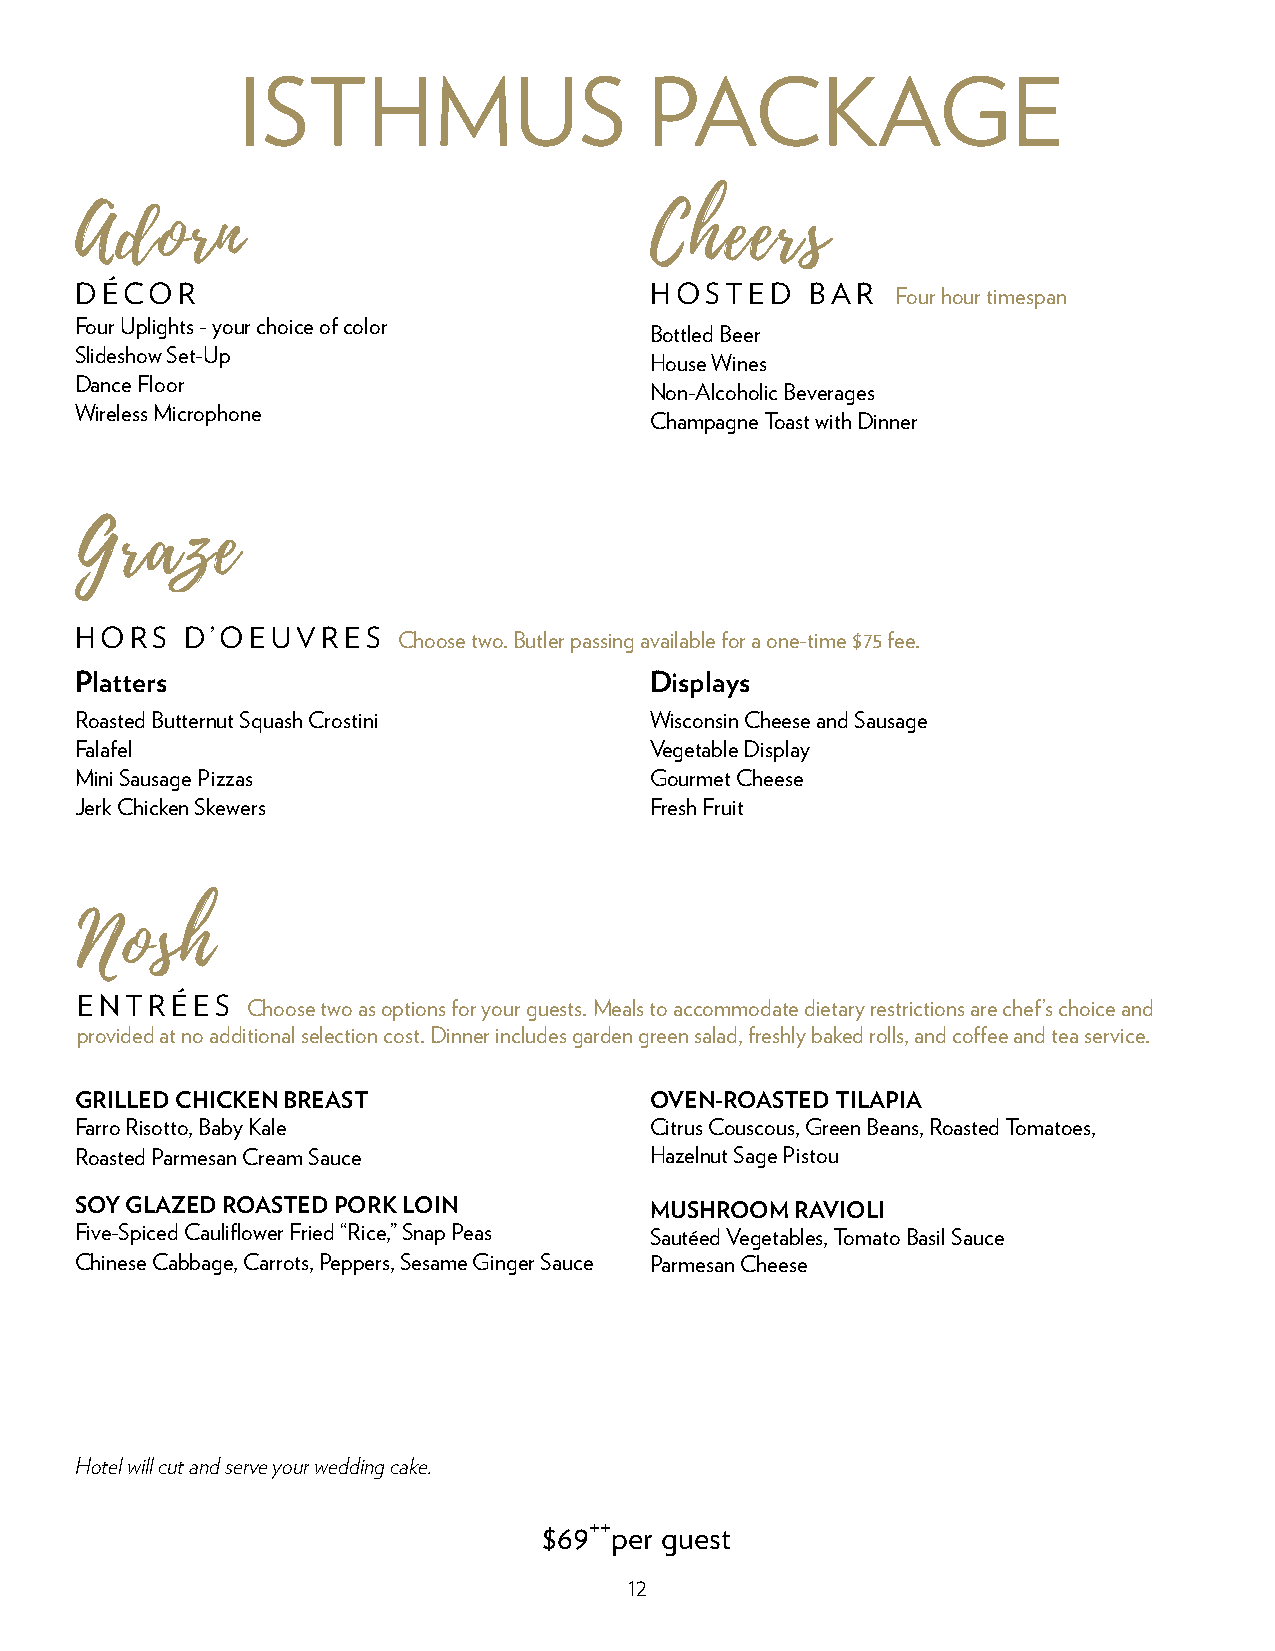
ISTHMUS                    PACKAGE
 Adorn                                 Cheers
 DÉCOR                                 HOSTED     BAR  Four hour timespan
 Four Uplights - your choice of color
 Bottled Beer
 Slideshow Set-Up
 House Wines
 Dance Floor
 Non-Alcoholic Beverages
 Wireless Microphone
 Champagne Toast with Dinner
 Graze
 HORS   D’OEUVRES     Choose two. Butler passing available for a one-time $75 fee.
 Platters                              Displays
 Roasted Butternut Squash Crostini     Wisconsin Cheese and Sausage
 Falafel                               Vegetable Display
 Mini Sausage Pizzas                   Gourmet Cheese
 Jerk Chicken Skewers                  Fresh Fruit
 Nosh
 ENTRÉES    Choose two as options for your guests. Meals to accommodate dietary restrictions are chef’s choice and
 provided at no additional selection cost. Dinner includes garden green salad, freshly baked rolls, and coffee and tea service.
 GRILLED CHICKEN BREAST                OVEN-ROASTED TILAPIA
 Farro Risotto, Baby Kale              Citrus Couscous, Green Beans, Roasted Tomatoes,
 Roasted Parmesan Cream Sauce          Hazelnut Sage Pistou
 SOY GLAZED ROASTED PORK LOIN          MUSHROOM  RAVIOLI
 Five-Spiced Cauliflower Fried “Rice,” Snap Peas Sautéed Vegetables, Tomato Basil Sauce
 Chinese Cabbage, Carrots, Peppers, Sesame Ginger Sauce Parmesan Cheese
 Hotel will cut and serve your wedding cake.
 ++
 $69 per guest
 12